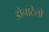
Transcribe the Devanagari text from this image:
डोनाटेलो